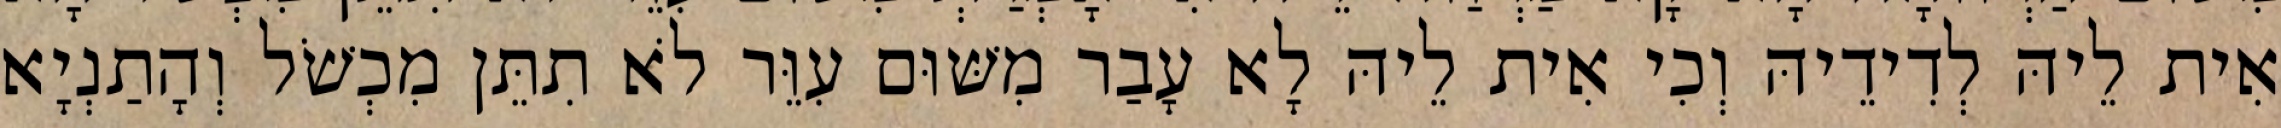
אִית לֵיהּ לְדִידֵיהּ וְכִי אִית לֵיהּ לָא עָבַר מִשּׁוּם עִוֵּר לֹא תִתֵּן מִכְשֹׁל וְהָתַנְיָא